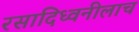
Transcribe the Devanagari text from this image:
रसादिध्वनीलाच